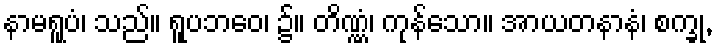
နာမရူပံ၊ သည်။ ရူပဘဝေ၊ ၌။ တိဏ္ဏံ၊ ကုန်သော။ အာယတနာနံ၊ စက္ခု,